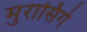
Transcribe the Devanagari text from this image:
मुरासिगे